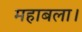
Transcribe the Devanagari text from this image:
महाबला।